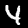
Digit: 4